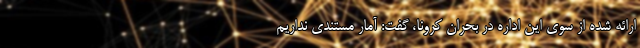
ارائه شده از سوی این اداره در بحران کرونا، گفت: آمار مستندی نداریم